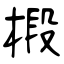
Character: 椴